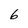
Character: 6